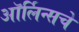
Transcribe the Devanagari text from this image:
ऑर्लिन्सचे